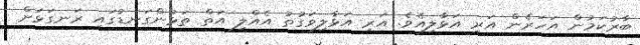
ބާރުކަމުން އަހަރެން އަރި އަޅާލިއެވެ. އަރި އަޅާލިވަގުތު އެއްލި އަތް ތަޅުންގަނޑުގައި ރަނގަޅަށް